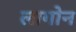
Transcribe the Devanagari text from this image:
लागोन